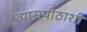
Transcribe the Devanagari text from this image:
व्यासपीठाशी